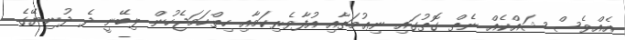
އެއްވެސް ޝައްކެއް ނެތް ގޮތުގައި ނިޢުމަތާއި އުފާވެރިކަމާއި ހިތްހަމަޖެހުން ލިބޭނީ ދެ ދުނިޔޭގެ